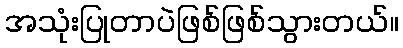
အသုံးပြုတာပဲဖြစ်ဖြစ်သွားတယ်။